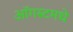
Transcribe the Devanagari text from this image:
ऑगस्टमधे